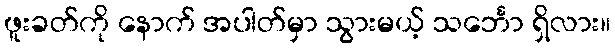
ဖူးခတ်ကို နောက် အပါတ်မှာ သွားမယ့် သင်္ဘော ရှိလား။